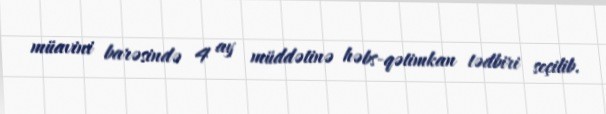
müavini barəsində 4 ay müddətinə həbs-qətimkan tədbiri seçilib.